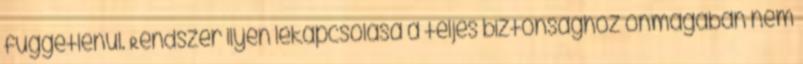
függetlenül. Rendszer ilyen lekapcsolása a teljes biztonsághoz önmagában nem